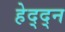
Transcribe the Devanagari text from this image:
हेद्द्न